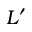
L ^ { \prime }